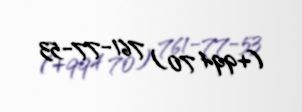
(+994 70) 761-77-53